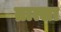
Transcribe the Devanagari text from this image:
व्रात्सा